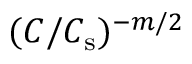
( C / C _ { \mathrm { s } } ) ^ { - m / 2 }